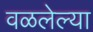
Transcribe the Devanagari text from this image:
वळलेल्या